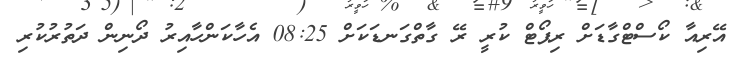
އޭރިއާ ކޯސްޓްގާޑަށް ރިޕޯޓް ކުރީ ރޭ ގާތްގަނޑަކަށް 08:25 އެހާކަންހާއިރު ދޯނިން ދަތުރުކުރި